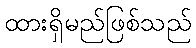
ထားရှိမည်ဖြစ်သည်